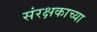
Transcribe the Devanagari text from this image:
संरक्षकाच्या